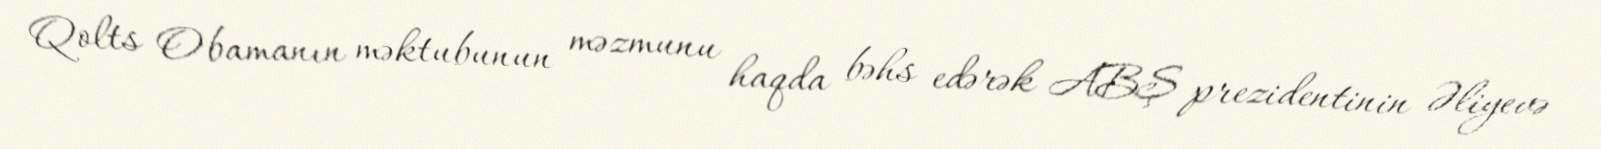
Qolts Obamanın məktubunun məzmunu haqda bəhs edərək ABŞ prezidentinin Əliyevə